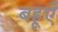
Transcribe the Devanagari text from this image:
बहूएँ